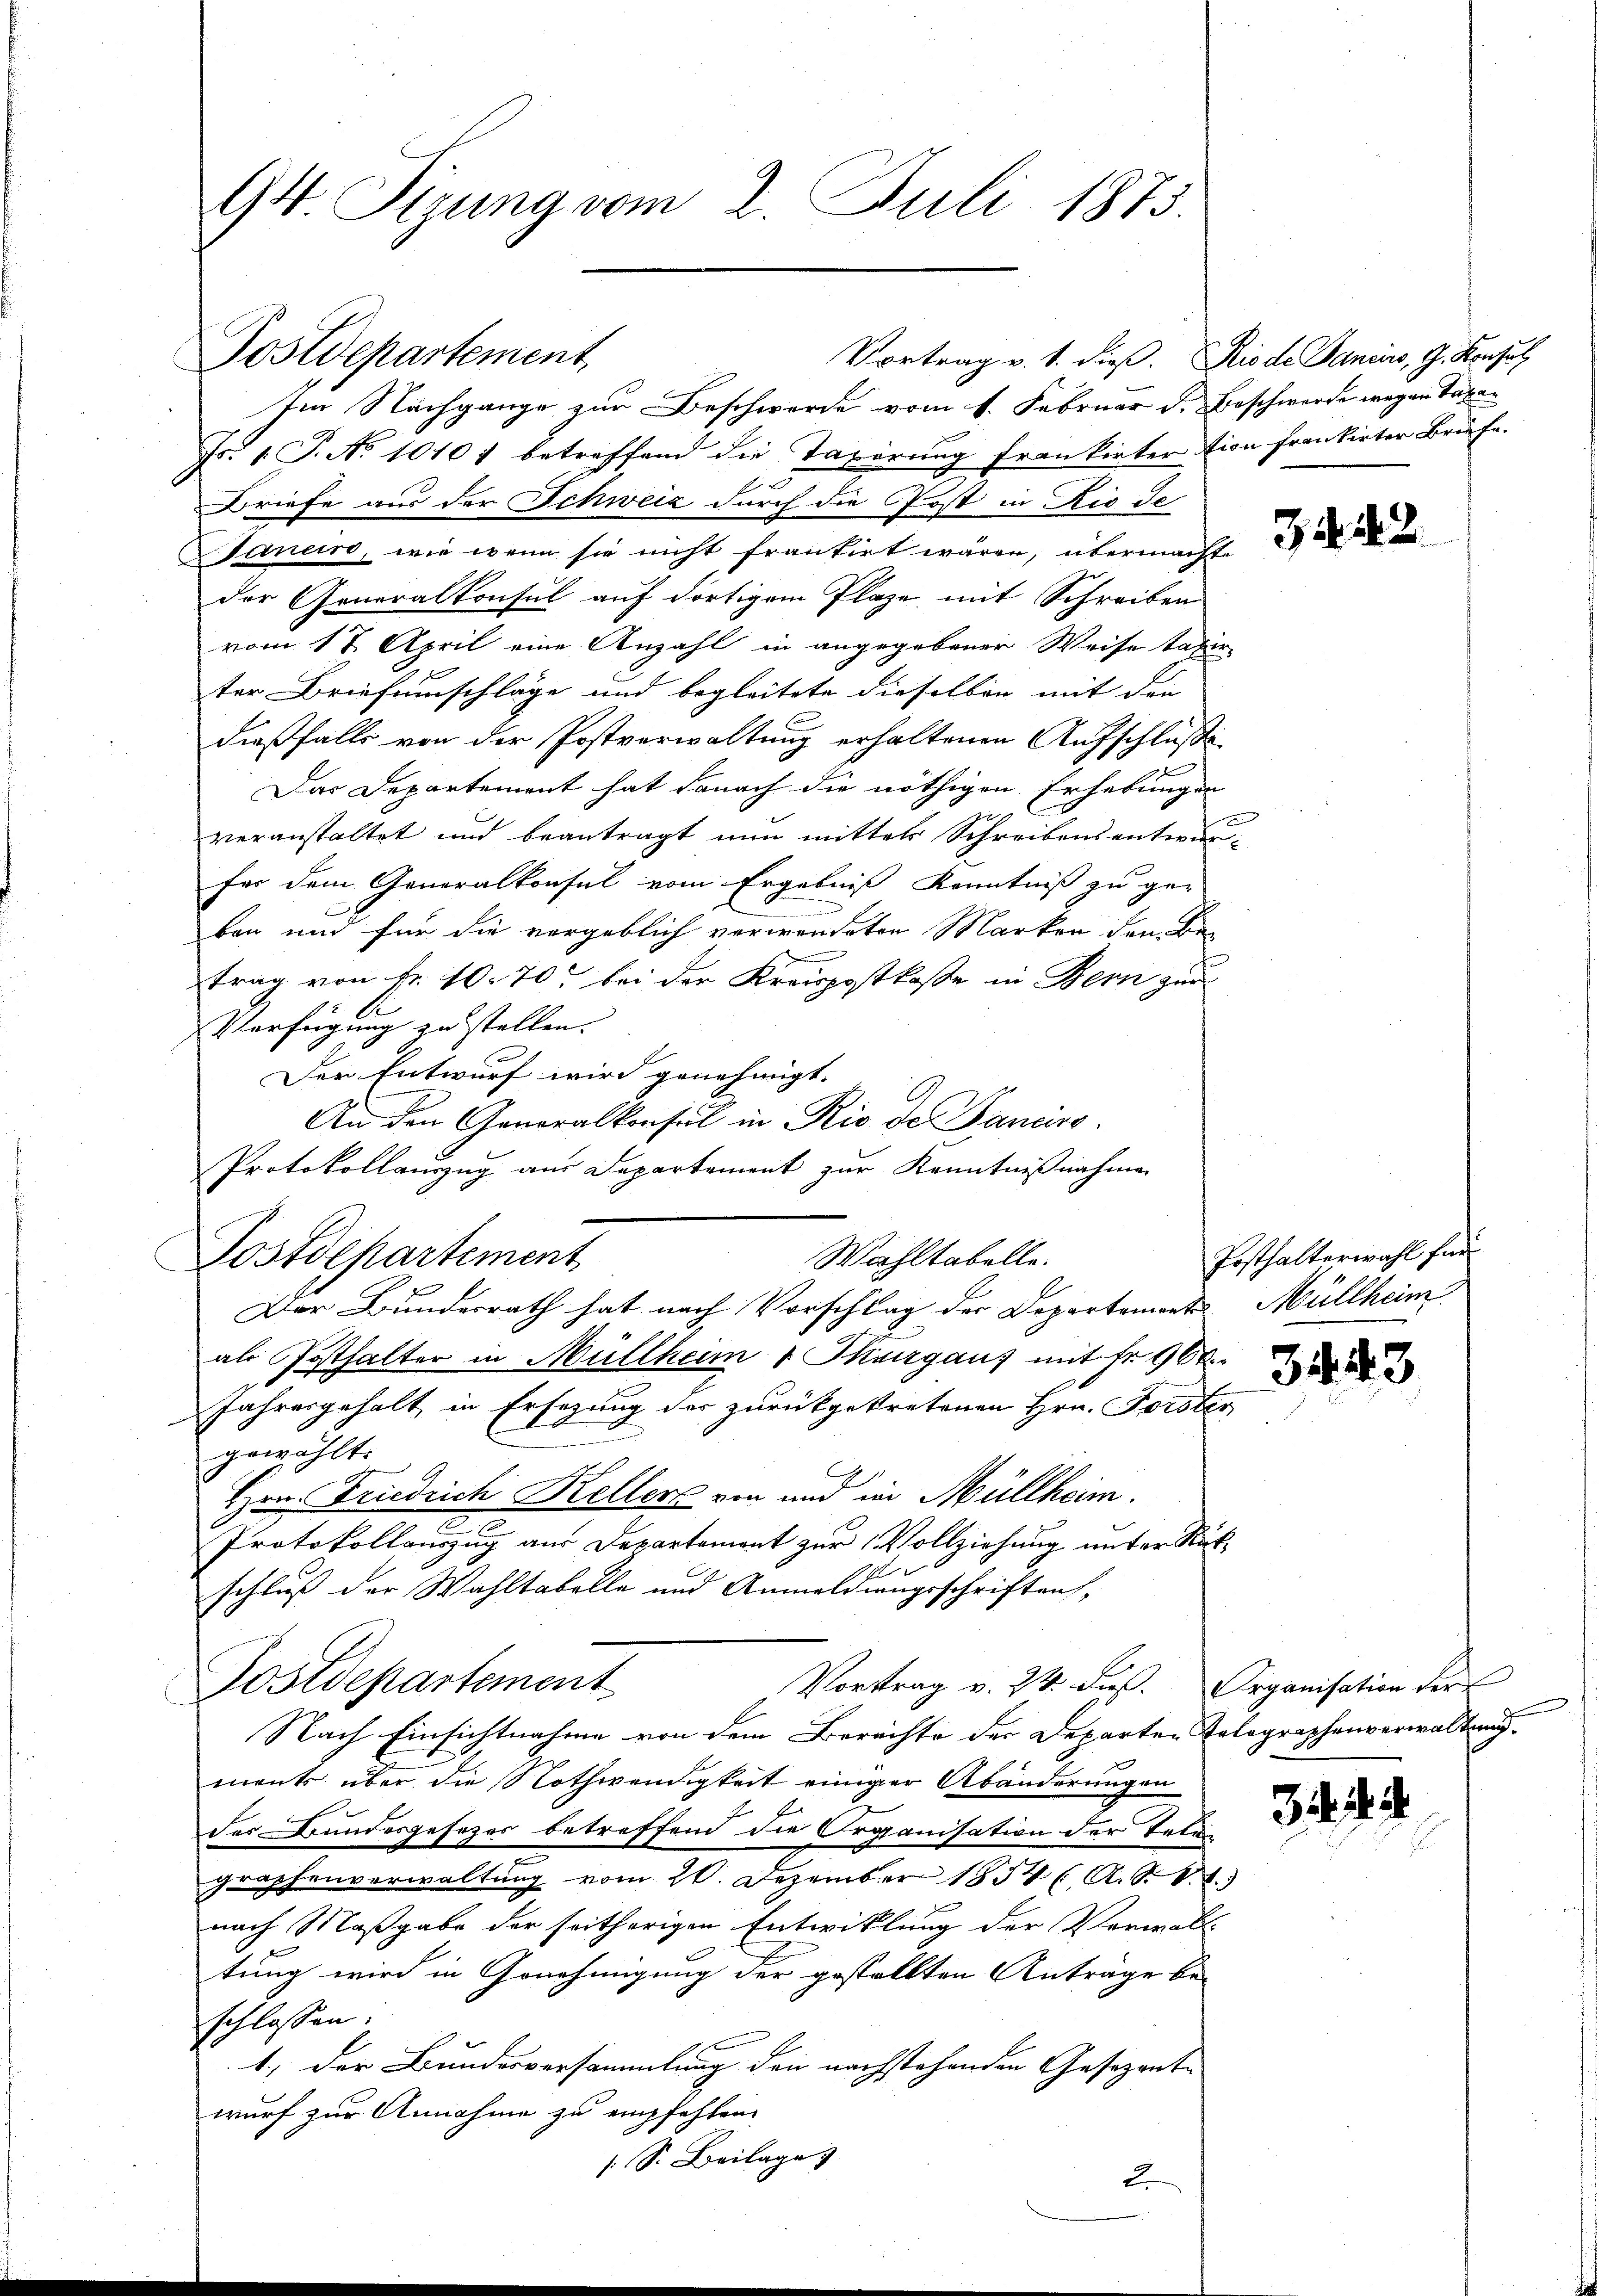
94. Sizung vom 2. Juli 1873.

Postdepartement,

Im Nachgange zur Beschwerde vom 1. Februar d. Beschwerde wegen Taten
Fs. 1. P. No 10101 betreffend die Taxirung frankirtertion frankirter Brüfe.
Briefe aus der Schweiz durch die Post in Rio de
Dtanein, wie wenn sie nicht frantirt wären, übermachte
der Generalkonsul auf dortigem Plaze, mit Schreiben
vom 17. April eine Anzahl in angegebener Weise taxir
ter Briefumschläge und begleitete dieselben mit den
dießfalls von der Postverwaltung erhaltenen Aufschluße
Das Departement hat danach die nöthigen Erhebungen
veranstaltet und beantragt nun mittels Schreibensentwurfer dem Generalkonsul vom Ergebniß Kenntniß zu ge-
ben und für die vorgeblich verwendeten Marken den Betrag von fr. 10. 70. bei der Kreispostkasse in Bern zur
Verfügung zu stellen.
Der Entwurf wird genehmigt. |
An den Generalkonsul in Rio de Panciro.
Protokollauszug aus Departement zur Kenntnißnahmen
Der Bunderrath hat nach Vorschlag der Departemont Müllheim.
als Posthalter in Müllheim v Thurgaus mit Fr. 960.
Jahresgehalt in Ersezung des zurückgekretenen Hrn. Forster
gewählt.
Hrn. Friedrich Kellers von und in Müllheim.
2
Protokollauszug aus Departement zur Vollziehung unter Rück-

schluß der Wahltabelle und Anmeldungsschriften,
Postdepartement
Vortrag v. 24. Fuß. Organisation der
Nach Einsichtnahme von dem Berechte der Departen Tolographenverwaltung
ment über die Nothwendigkeit einiger Abänderungen
des Bundesgesezes betreffend die Organisation der Taten
graphenverwaltung vom 26. Dezember 1854 ( A. R. V. T.)
nach Maßgabe der seitherigen Entwicklung der Verwalt-
tung wird in Genehmigung der gestellten Anträge be-
schlossen:
1.) Der Bundesversammlung den nachstehenden Gesezente |
wurf zur Annahme zu empfehlen
s. S. Beilage

Postdepartement

Wahltabelle.

Vortrag v. 1. dieß. Rio de Januars, G. Konsul

3222

Ersthalterwahl für
3443

3444